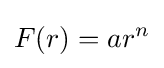
F(r)=ar^{n}